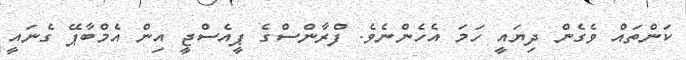
ކަންތައް ވެގެން ދިޔައީ ހަމަ އެހެންނެވެ. ފްރާންސްގެ ޕީއެސްޖީ އިން އެމްބާޕޭ ގެނައީ